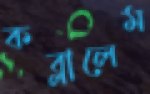
কব্‌লালেম